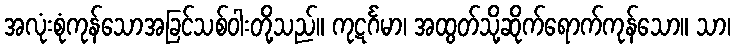
အလုံးစုံကုန်သောအခြင်သစ်ဝါးတို့သည်။ ကုဋင်္ဂမာ၊ အထွတ်သို့ဆိုက်ရောက်ကုန်သော။ သာ၊